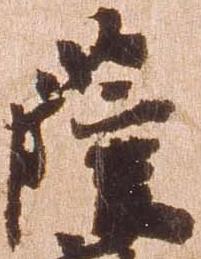
薩